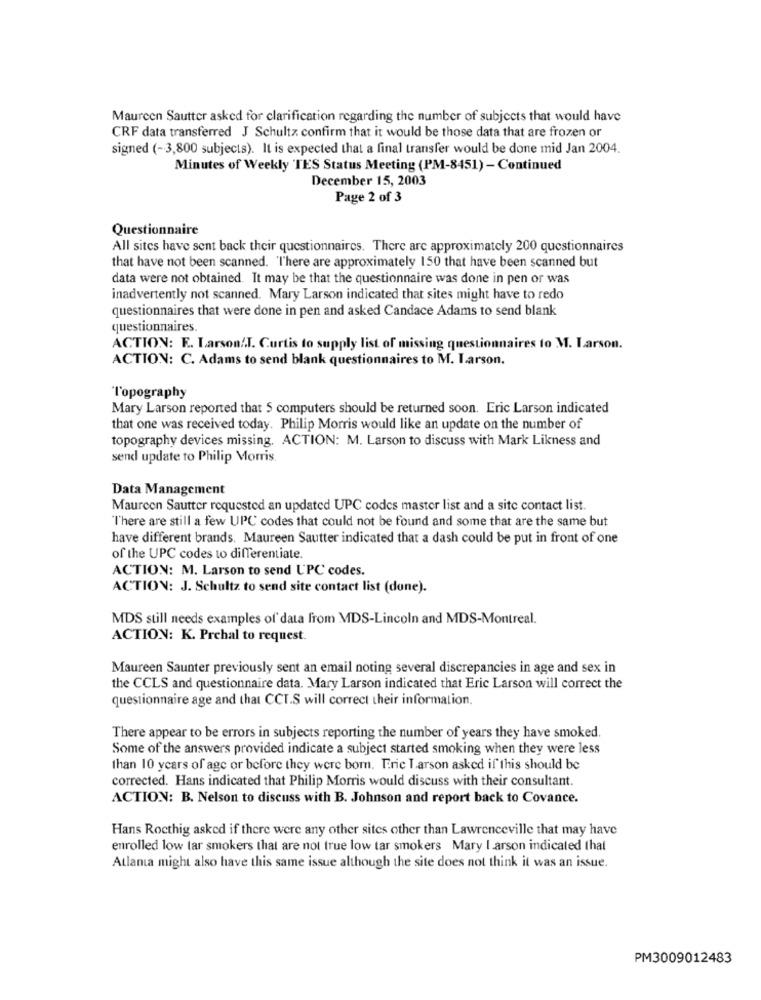
Maureen Sautter asked for clarification regarding the number of subjects that would have
CRF data transferred J Schultz confirm that it would be those data that are frozen or
signed (-3,800 subjects). It is expected that a final transfer would be done mid Jan 2004.
Minutes of Weekly TES Status Meeting (PM-8451) - Continued
December 15, 2003
Page 2 of 3
Questionnaire
All sites have sent back their questionnaires. There are approximately 200 questionnaires
that have not been scanned. "There are approximately 150 that have been scanned but
data were not obtained. It may be that the questionnaire was done in pen or was
inadvertently not scanned. Mary Larson indicated that sites might have to redo
questionnaires that were done in pen and asked Candace Adams to send blank
questionnaires.
ACTION: E. Larson !. I. Curtis to supply list of missing questionnaires to M. Larson.
ACTION: C. Adams to send blank questionnaires to M. Larson.
Topography
Mary Larson reported that 5 computers should be returned soon. Eric Larson indicated
that one was received today. Philip Morris would like an update on the number of
topography devices missing. ACTION: M. Larson to discuss with Mark Likness and
send update to Philip Morris
Data Management
Maureen Sautter requested an updated UPC codes master list and a site contact list.
l'here are still a few UPC codes that could not be found and some that are the same but
have different brands. Maureen Sautter indicated that a dash could be put in front of one
of the UPC codes to differentiate.
ACTION: M. Larson to send UPC codes.
ACTION: J. Schultz to send site contact list (done).
MDS still needs examples of data from MDS-Lincoln and MDS-Montreal.
ACTION: K. Prchal to request.
Maureen Saunter previously sent an email noting several discrepancies in age and sex in
the CCLS and questionnaire data. Mary Larson indicated that Eric Larson will correct the
questionnaire age and that CCT.S will correct their information.
There appear to be errors in subjects reporting the number of years they have smoked.
Some of the answers provided indicate a subject started smoking when they were less
than 10 years of age or before they were born. Erie Larson asked if this should be
corrected. Hans indicated that Philip Morris would discuss with their consultant.
ACTION: B. Nelson to discuss with B. Johnson and report back to Covance.
Hans Rocthig asked if there were any other sites other than Lawrenceville that may have
enrolled low tar smokers that are not true low tar smokers Mary I arson indicated that
Atlanta might also have this same issue although the site does not think it was an issue.
PM3009012483